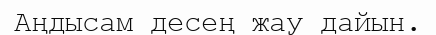
Аңдысам десең жау дайын.